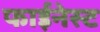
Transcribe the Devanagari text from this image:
फाईनेस्ट